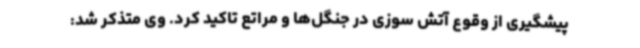
پیشگیری از وقوع آتش سوزی در جنگل‌ها و مراتع تاکید کرد. وی متذکر شد: